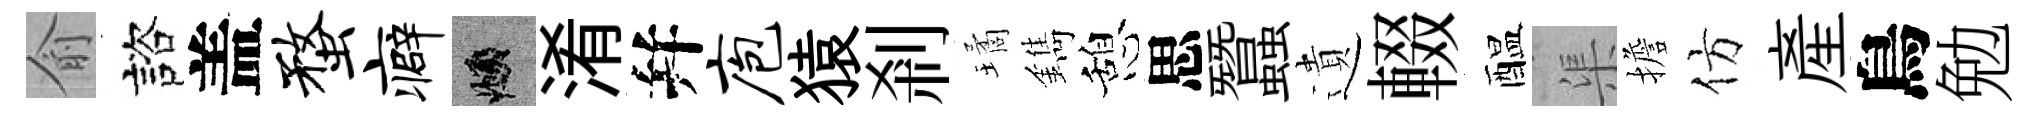
俞諮盖蝥癖頫淆幷庖猿剎璚鐫憩思蠶遺輟醖渠擔仿産鳥勉